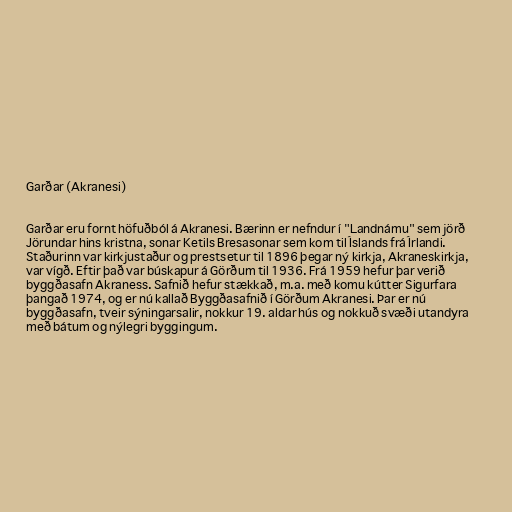
Garðar (Akranesi)

Garðar eru fornt höfuðból á Akranesi. Bærinn er nefndur í "Landnámu" sem jörð
Jörundar hins kristna, sonar Ketils Bresasonar sem kom til Íslands frá Írlandi.
Staðurinn var kirkjustaður og prestsetur til 1896 þegar ný kirkja, Akraneskirkja,
var vígð. Eftir það var búskapur á Görðum til 1936. Frá 1959 hefur þar verið
byggðasafn Akraness. Safnið hefur stækkað, m.a. með komu kútter Sigurfara
þangað 1974, og er nú kallað Byggðasafnið í Görðum Akranesi. Þar er nú
byggðasafn, tveir sýningarsalir, nokkur 19. aldar hús og nokkuð svæði utandyra
með bátum og nýlegri byggingum.